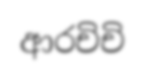
ආරචිචි